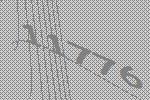
11776